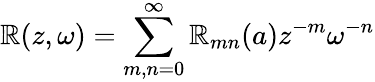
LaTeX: \mathbb{R}(z,\omega)=\sum_{m,n=0}^{\infty}\mathbb{R}_{mn}(a)z^{-m}\omega^{-n}